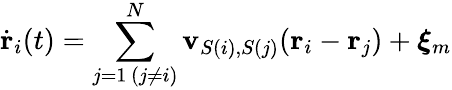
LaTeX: \dot{\mathbf{r}}_{i}(t)=\sum_{\substack{j=1\, (j\neq i)}}^{N}\mathbf{v}_{S(i),S(j)}(\mathbf{r}_{i}-\mathbf{r}_{j})+\boldsymbol{\xi}_{m}